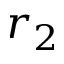
r _ { 2 }